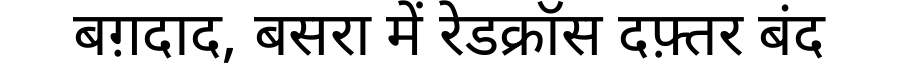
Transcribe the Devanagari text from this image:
बग़दाद, बसरा में रेडक्रॉस दफ़्तर बंद